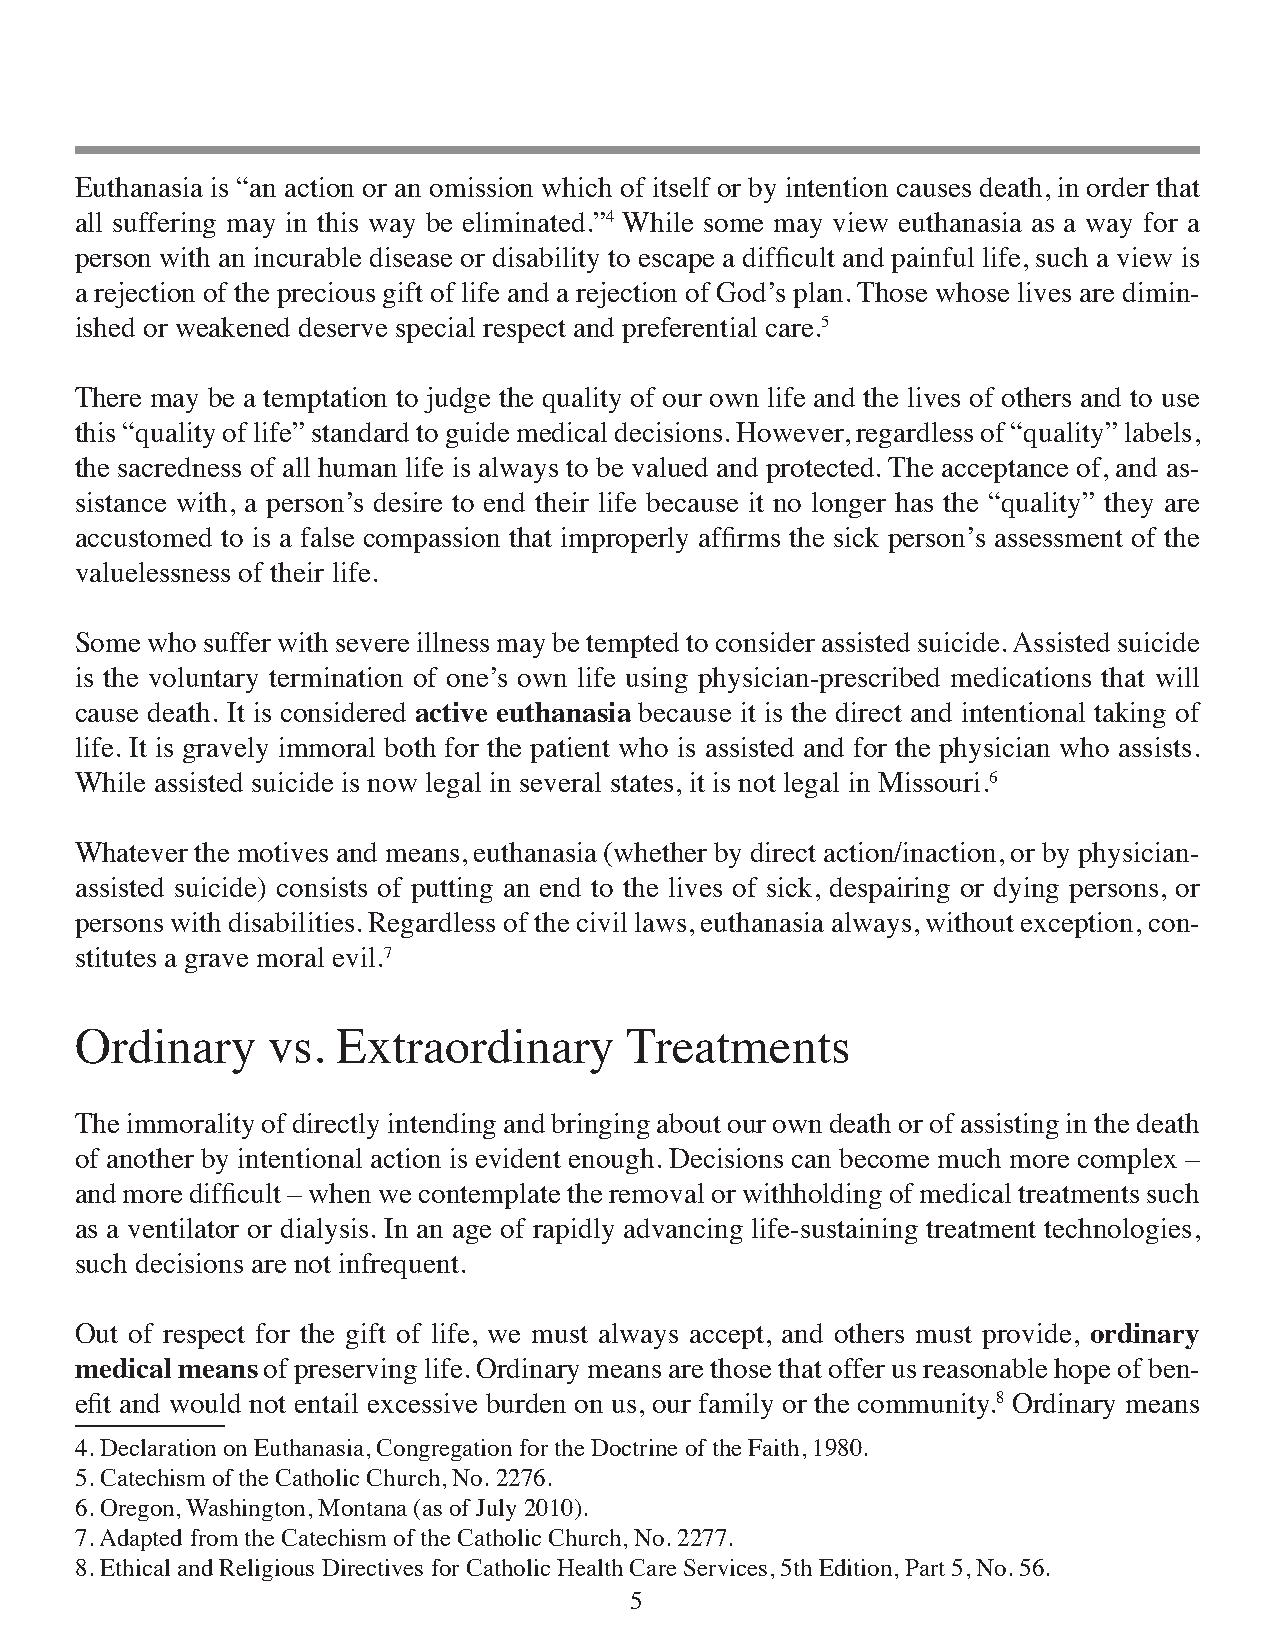
Euthanasia is “an action or an omission which of itself or by intention causes death, in order that
 all suffering may in this way be eliminated.”4 While some may view euthanasia as a way for a
 person with an incurable disease or disability to escape a difficult and painful life, such a view is
 a rejection of the precious gift of life and a rejection of God’s plan. Those whose lives are dimin-
 ished or weakened deserve special respect and preferential care.5
 There may be a temptation to judge the quality of our own life and the lives of others and to use
 this “quality of life” standard to guide medical decisions. However, regardless of “quality” labels,
 the sacredness of all human life is always to be valued and protected. The acceptance of, and as-
 sistance with, a person’s desire to end their life because it no longer has the “quality” they are
 accustomed to is a false compassion that improperly affirms the sick person’s assessment of the
 valuelessness of their life.
 Some who suffer with severe illness may be tempted to consider assisted suicide. Assisted suicide
 is the voluntary termination of one’s own life using physician-prescribed medications that will
 cause death. It is considered active euthanasia because it is the direct and intentional taking of
 life. It is gravely immoral both for the patient who is assisted and for the physician who assists.
 While assisted suicide is now legal in several states, it is not legal in Missouri.6
 Whatever the motives and means, euthanasia (whether by direct action/inaction, or by physician-
 assisted suicide) consists of putting an end to the lives of sick, despairing or dying persons, or
 persons with disabilities. Regardless of the civil laws, euthanasia always, without exception, con-
 stitutes a grave moral evil.7
 Ordinary     vs. Extraordinary      Treatments
 The immorality of directly intending and bringing about our own death or of assisting in the death
 of another by intentional action is evident enough. Decisions can become much more complex –
 and more difficult – when we contemplate the removal or withholding of medical treatments such
 as a ventilator or dialysis. In an age of rapidly advancing life-sustaining treatment technologies,
 such decisions are not infrequent.
 Out of respect for the gift of life, we must always accept, and others must provide, ordinary
 medical means of preserving life. Ordinary means are those that offer us reasonable hope of ben-
 efit and would not entail excessive burden on us, our family or the community.8 Ordinary means
 4. Declaration on Euthanasia, Congregation for the Doctrine of the Faith, 1980.
 5. Catechism of the Catholic Church, No. 2276.
 6. Oregon, Washington, Montana (as of July 2010).
 7. Adapted from the Catechism of the Catholic Church, No. 2277.
 8. Ethical and Religious Directives for Catholic Health Care Services, 5th Edition, Part 5, No. 56.
 5